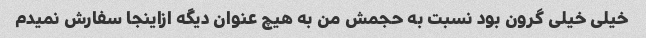
خیلی خیلی گرون بود نسبت به حجمش من به هیچ عنوان دیگه ازاینجا سفارش نمیدم